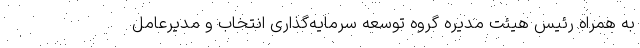
به همراه رئیس هیئت مدیره گروه توسعه سرمایه‌گذاری انتخاب و مدیرعامل